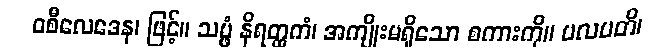
ဝစီလေဒေန၊ ဖြင့်။ သမ္ဖံ နိရတ္ထကံ၊ အကျိုးမရှိသော စကားကို။ ပလပတိ၊